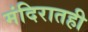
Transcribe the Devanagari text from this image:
मंदिरातही